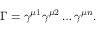
\Gamma = \gamma ^ { \mu 1 } \gamma ^ { \mu 2 } \dots \gamma ^ { \mu n } .